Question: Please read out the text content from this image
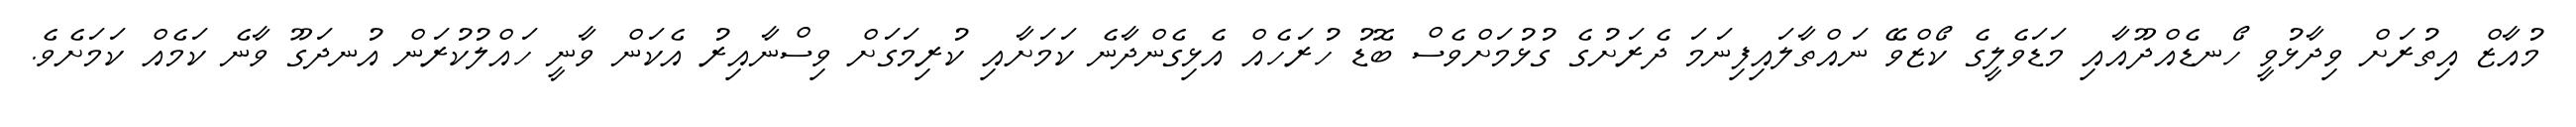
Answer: މުއާޒް އިތުރަށް ވިދާޅުވީ ހޯނޑެއްދޫއާއި މަޑަވެލީގެ ކޯޒްވޭ ނައްތާލައިފިނަމަ ދެރަށުގެ ގުޅުމަށްވެސް ބޮޑު ހުރަހެއް އެޅިގެންދާނެ ކަމަށާއި ކުރިމަގަށް ވިސްނާއިރު އެކަން ވާނީ ހައްލުކުރަން އުނދަގޫ ވާނެ ކަމެއް ކަމަށެވެ.